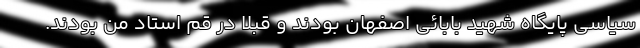
سیاسی پایگاه شهید بابائی اصفهان بودند و قبلاً در قم استاد من بودند.